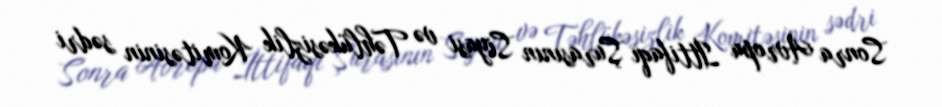
Sonra Avropa İttifaqı Şurasının Siyasi və Təhlükəsizlik Komitəsinin sədri